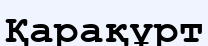
Қарақұрт